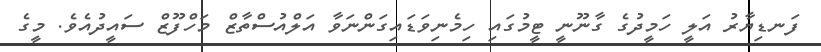
ފަނޑިޔާރު އަލީ ހަމީދުގެ ގާނޫނީ ޓީމުގައި ހިމެނިވަޑައިގަންނަވާ އަލްއުސްތާޒް މަހްފޫޒް ސައީދުއެވެ. މީގެ